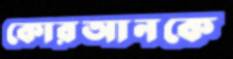
কোরআনকে